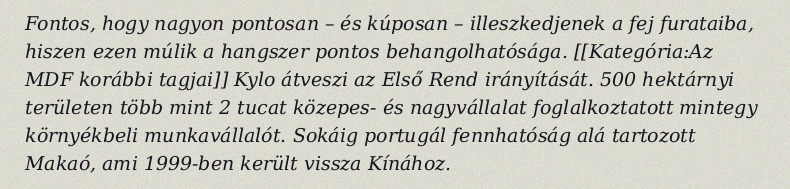
Fontos, hogy nagyon pontosan – és kúposan – illeszkedjenek a fej furataiba, hiszen ezen múlik a hangszer pontos behangolhatósága. [[Kategória:Az MDF korábbi tagjai]] Kylo átveszi az Első Rend irányítását. 500 hektárnyi területen több mint 2 tucat közepes- és nagyvállalat foglalkoztatott mintegy környékbeli munkavállalót. Sokáig portugál fennhatóság alá tartozott Makaó, ami 1999-ben került vissza Kínához.